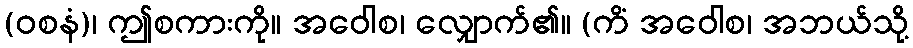
(ဝစနံ)၊ ဤစကားကို။ အဝေါစ၊ လျှောက်၏။ (ကိံ အဝေါစ၊ အဘယ်သို့